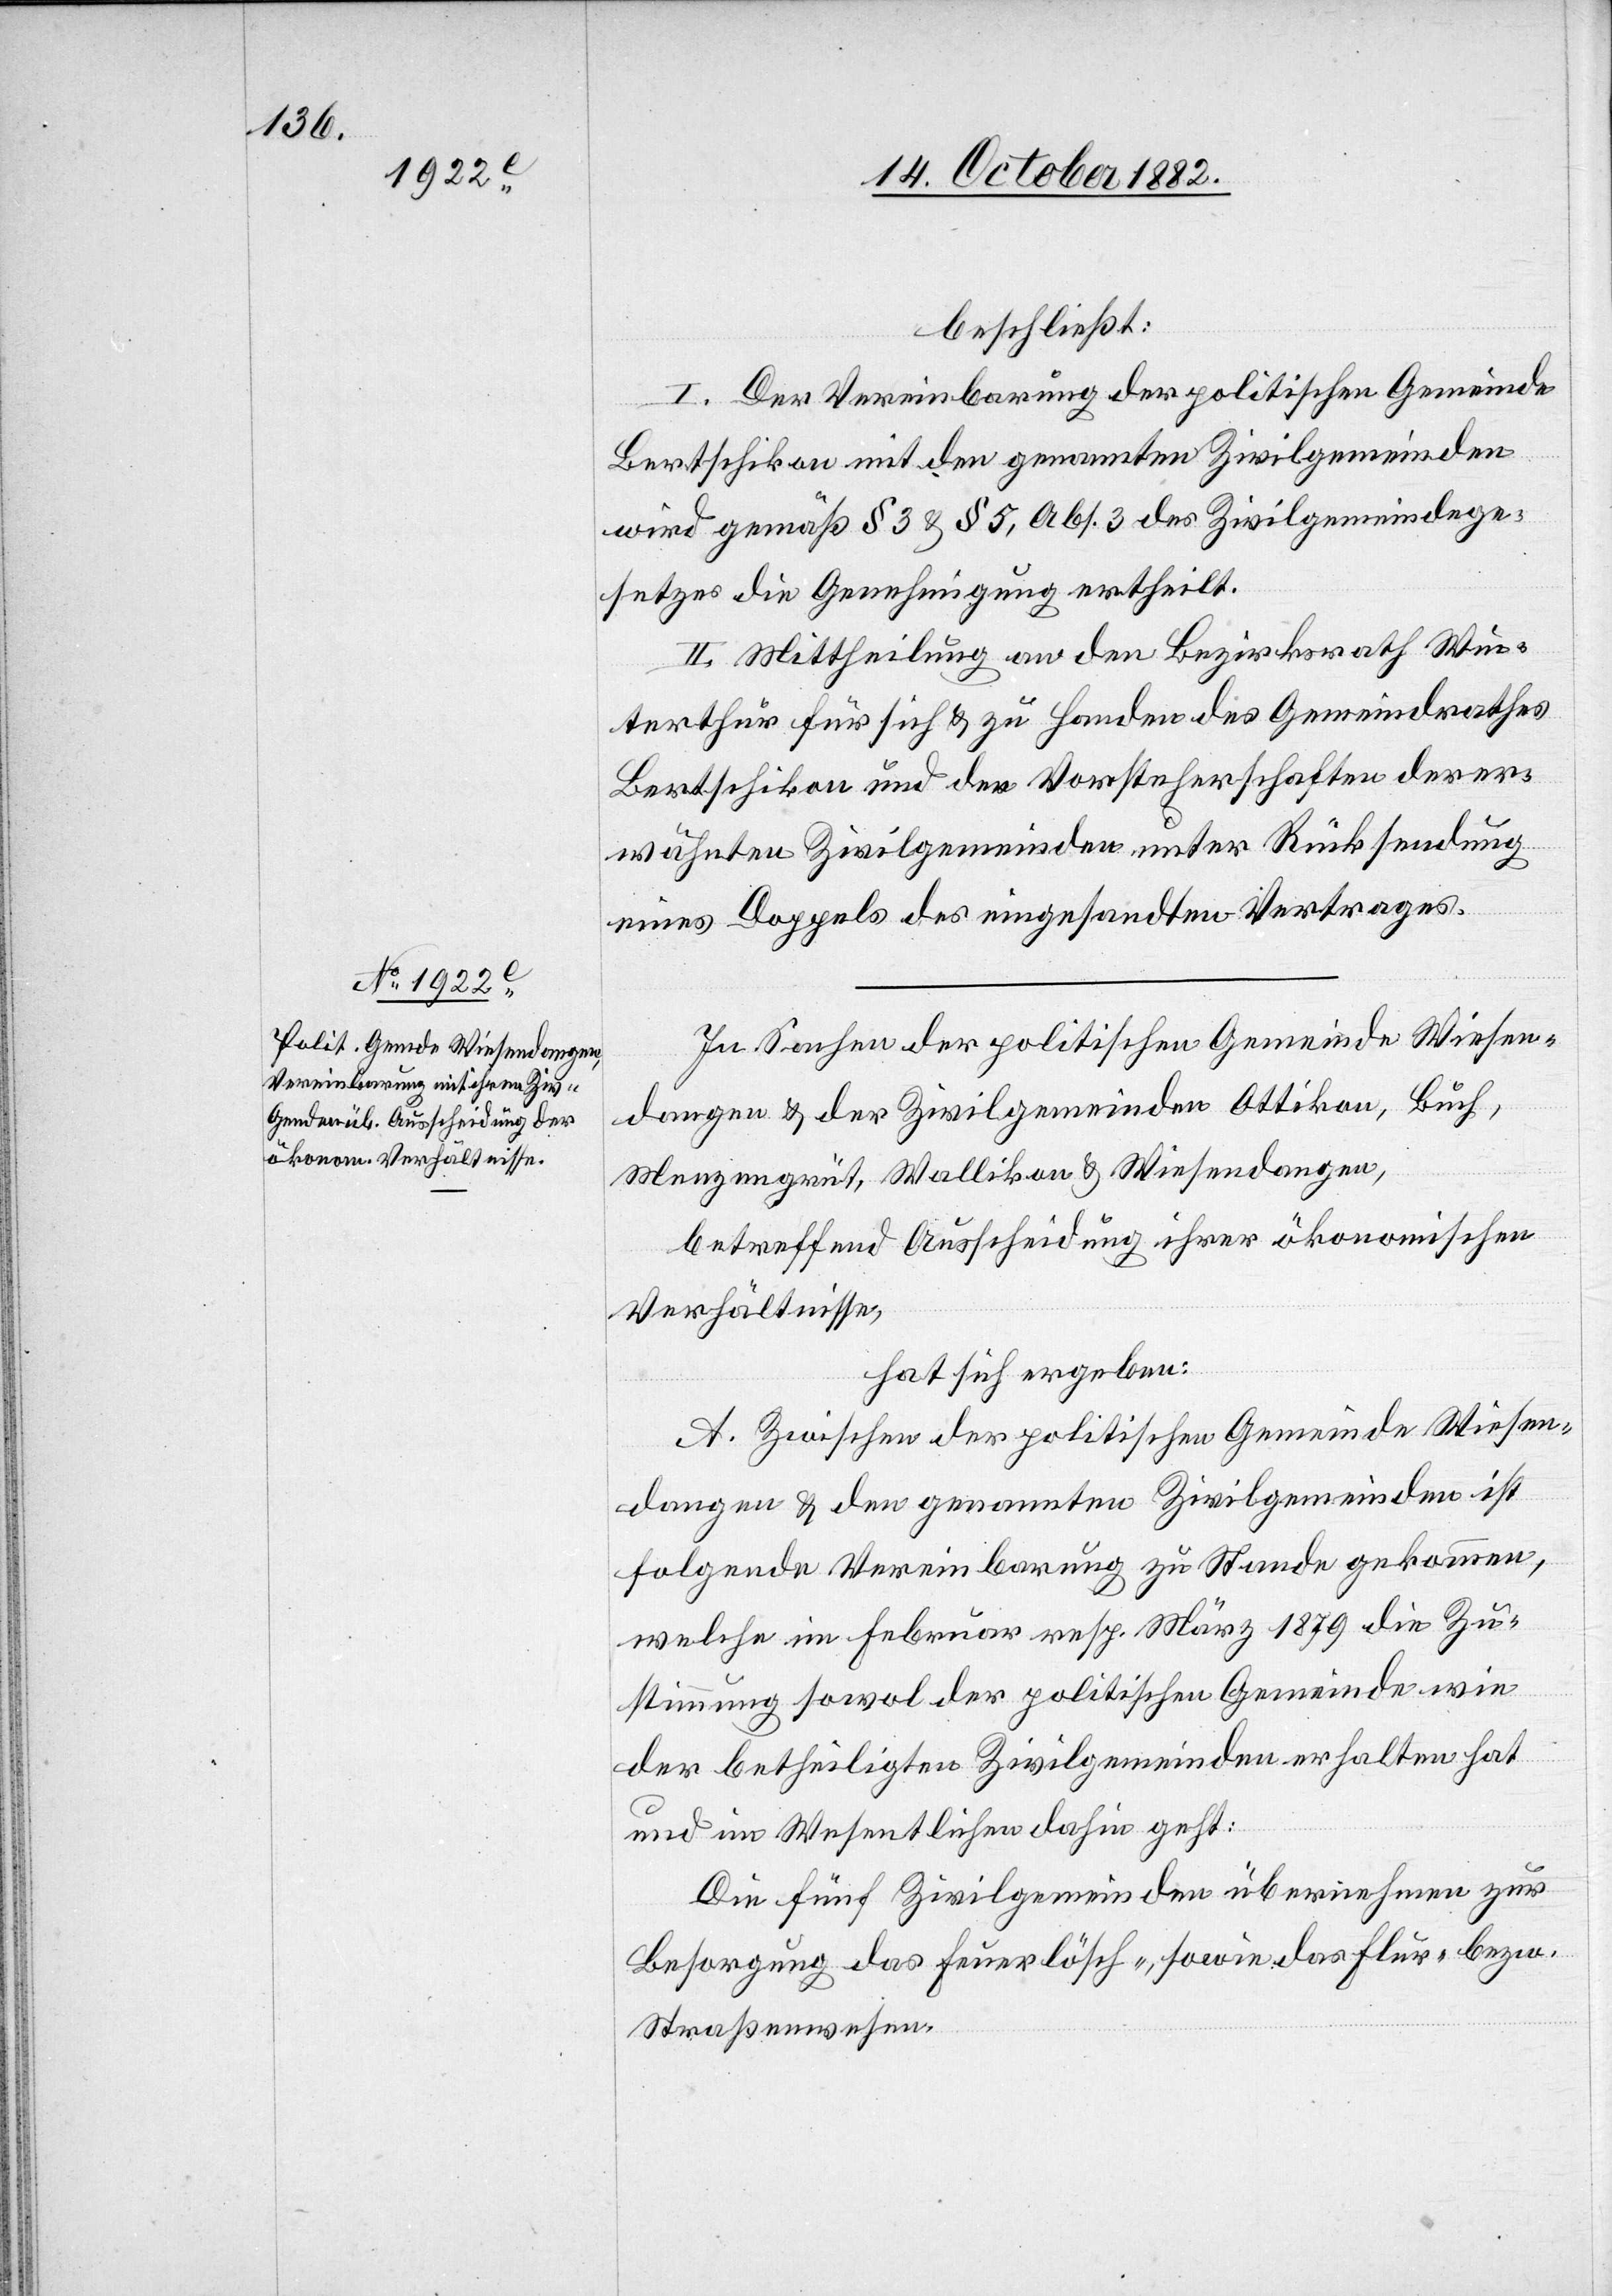
Vereinbarung der Gem¬

beschließt:
einde
Bertschikon mit den genannten Zivilgemeinden
wird gemäß § 3 & § 5, Abs. 3 des Zivilgemeindege¬
setzes die Genehmigung ertheilt.
II. Mittheilung an den Bezirksrath Win¬
terthur für sich & zu Handen des Gemeindrathes
Bertschikon und der Vorsteherschaften der er¬
wähnten Zivilgemeinden unter Rücksendung
eines Doppels des eingesandten Vertrages.
In Sachen der politischen Gemeinde Wiesen¬
dangen & der Zivilgemeinden Ottikon, Buch,
Menzengrüt, Wallikon & Wiesendangen,
betreffend Ausscheidung ihrer ökonomischen
Verhältnisse,
hat sich ergeben:
A. Zwischen der politischen Gemeinde Wiesen¬
dangen & den genannten Zivilgemeinden ist
folgende Vereinbarung zu Stande gekommen,
welche im Februar resp. März 1879 die Zu¬
stimmung sowol der politischen Gemeinde wie
der betheiligten Zivilgemeinden erhalten hat
und im Wesentlichen dahin geht:
Die fünf Zivilgemeinden übernehmen zur
Besorgung das Feuerlösch-, sowie das Flur- bezw.
Straßenwesen.